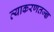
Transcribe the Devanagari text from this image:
व्याकरणतज्‍ज्ञ